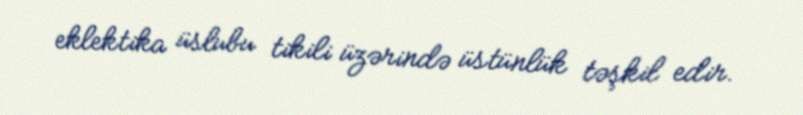
eklektika üslubu tikili üzərində üstünlük təşkil edir.